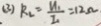
( 3 ) R _ { 2 } = \frac { u _ { 1 } } { I _ { 1 } } = 1 2 \Omega